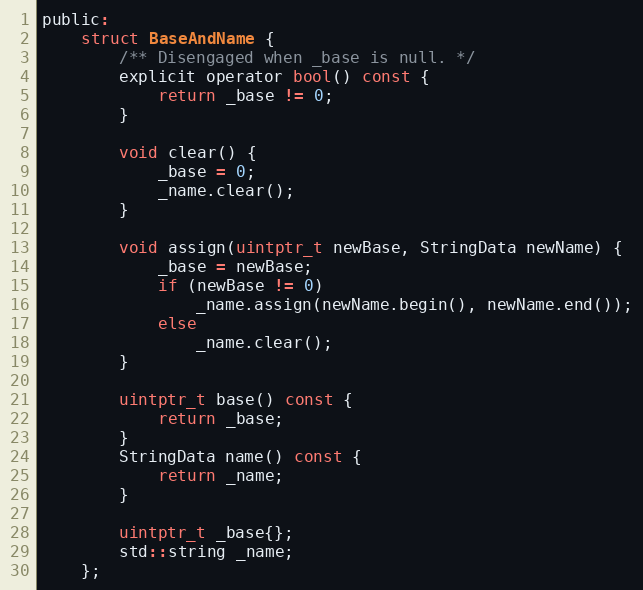
Language: C
public:
    struct BaseAndName {
        /** Disengaged when _base is null. */
        explicit operator bool() const {
            return _base != 0;
        }

        void clear() {
            _base = 0;
            _name.clear();
        }

        void assign(uintptr_t newBase, StringData newName) {
            _base = newBase;
            if (newBase != 0)
                _name.assign(newName.begin(), newName.end());
            else
                _name.clear();
        }

        uintptr_t base() const {
            return _base;
        }
        StringData name() const {
            return _name;
        }

        uintptr_t _base{};
        std::string _name;
    };